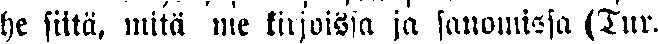
he siitä, mitä me kirjoissa ja sanomissa (Tur.